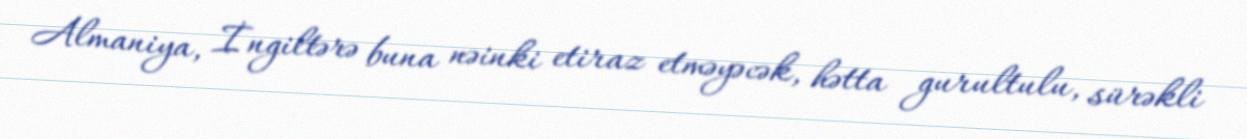
Almaniya, İngiltərə buna nəinki etiraz etməyəcək, hətta gurultulu, sürəkli